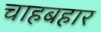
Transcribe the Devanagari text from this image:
चाहबहार